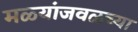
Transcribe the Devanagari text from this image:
मळ्यांजवळच्या